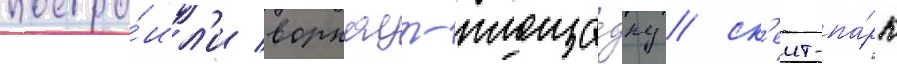
постро́ил'и воркаут-площа́дку / ск'еит-па́рк